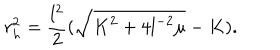
LaTeX: r _ { h } ^ { 2 } = \frac { l ^ { 2 } } { 2 } ( \sqrt { K ^ { 2 } + 4 l ^ { - 2 } \mu } - K ) .